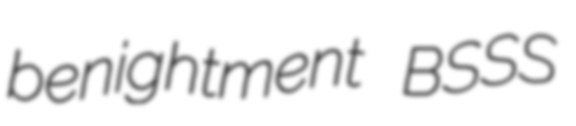
benightment BSSS